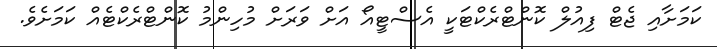
ކަމަށާއި ޖެޓް ފިއުލް ކޮންޓްރެކްޓަކީ އެސްޓީއޯ އަށް ވަރަށް މުހިންމު ކޮންޓްރެކްޓެއް ކަމަށެވެ.